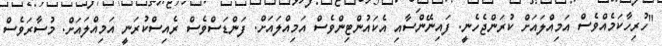
"ހުރިހާކަމެއްވެސް އަމިއްލައަށް ކުރަންޖެހެނީ. ފައިނޭންސާއި އެކައުންޓިންވެސް އަމިއްލައަށް. ފަންޑަސްވެސް ރެއިސްކުރަނީ އަމިއްލައަށް. މުސާރަވެސް